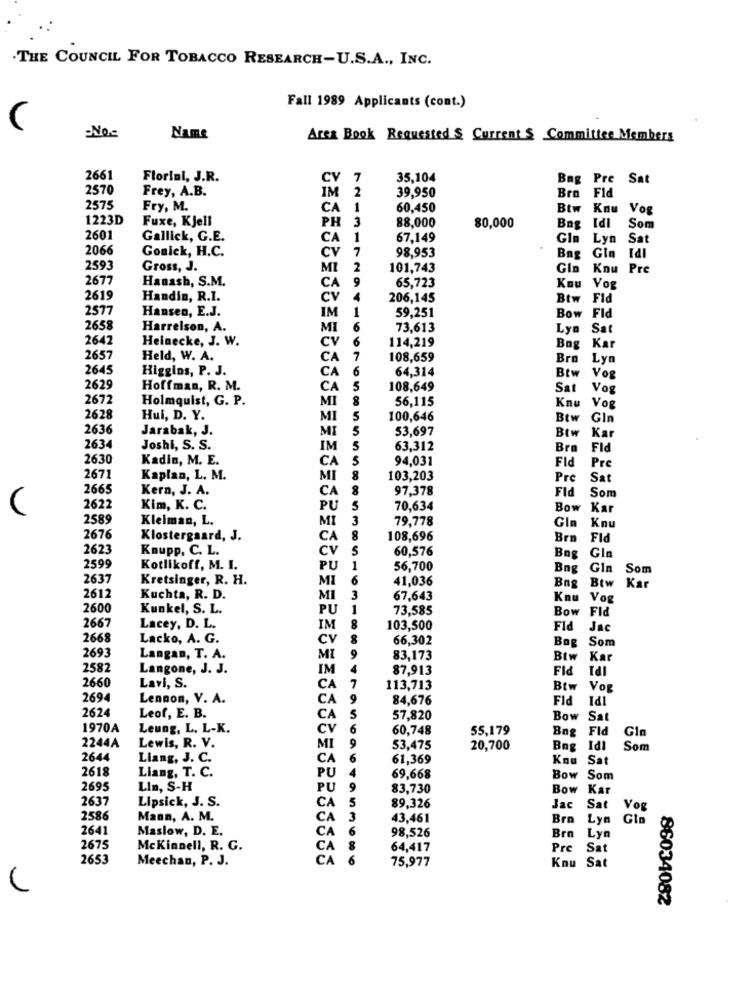
.THE COUNCIL FOR TOBACCO RESEARCH-U.S.A ., INC.
Fall 1989 Applicants (cont.)
Name
Area Book Requested & Current S Committee Members
2661
Florini, J.R.
CV
7
35,104
Bng Pre Sat
2570
Frey, A.B.
39,950
Bra Fid
IM 2
2575
Fry, M.
CA
60,450
Btw Knu Vog
1223D
Fuxe, Kjell
PH 3
88,000
80,000
Bag Idl
Som
2601
Gallick, G.E.
CA 1
67,149
GI
Lyn
Sat
2066
Gonick, H.C.
CV
7
98,953
Bag Gin Idl
2593
Gross, J.
MI
101,743
Gla
Kou Pre
2677
Hanash, S.M.
NO
65,723
CA
Kou
Vo
2619
Handin, R.I.
Cv
206,145
Btw Fid
2577
Hansen, E.J.
IM
59,251
Bow
Fid
2658
Harrelson, A.
MI
73,613
Lya
Sat
2642
Heinecke, J. W.
CV
114,219
Bog
Kar
2657
Held, W. A.
CA
108,659
Bra
Lyn
2645
Higgins, P. J.
64,314
Btw
CA
Vog
2629
Hoffman, R. M.
CA
108,649
Sat
Vog
2672
Holmquist, G. P.
MI
56,115
Knu Vog
2628
Hul, D. Y.
MI
100,646
Btw
Gln
2636
Jarabak, J.
MI
53,697
Btw
Kar
2634
Joshi, S. S.
IM
63,312
Bra
Fid
2630
Kadin, M. E.
CA
94,031
Fid
Pr
2671
Kaplan, L. M.
MI
103,203
Pre
Sa
2665
Kern, J. A.
CA
97,378
Fld
Som
2622
Kim, K. C.
PU
70,634
Bow Kar
2589
Kleiman, L.
MI
3
79,778
Gln Knu
2676
Klostergaard, J.
CA
8
108,696
Bra Fid
2623
Knupp, C. L.
CV
S
60,576
Gla
2599
Bog
Kotlikoff, M. I.
PU
-
56,700
Bng
Gin
Som
2637
Kretsinger, R. H.
MI
41,036
Bng
Btw Kar
2612
Kuchta, R. D.
MI
67,643
Knu
Vog
2600
Kunkel, S. L.
PU
73,585
Bow
Fid
2667
Lacey, D. L.
IM
103,500
Fld
Jac
2668
Lacko, A. G.
CV
66,302
Bog
Som
2693
Langan, T. A.
MI
83,173
Btw
Ka
2582
Langone, J. J.
IM
87,913
Fid
Tdl
2660
Lavi, S.
CA
113,713
Btw
Vog
IPI
2694
Lennon, V. A.
CA
84,676
Fld
2624
Leof, E. B.
CA
57,820
Bow Sat
1970A
Leung, L. L-K.
CV
60,748
55,179
Bng Fld
IPI
Gin
2244A
Lewis, R. V.
MI
9
53,475
20,700
Bog
Som
2644
Liang, J. C.
CA
61,369
Kou
Sat
2618
Liang, T. C.
PU
69,668
Bow
Som
2695
Lin, S-H
PU
9
83,730
Bow Kar
2637
Lipsick, J. S.
5
89,326
CA
Jac
Sat
Vog
2586
Mann, A. M.
CA
3
43,461
Bro
Lyn
2641
Maslow, D. E.
CA
6
98,526
Bra
Lyn
2675
McKinnell, R. G.
CA
64,417
Pre
Sat
2653
Meechan, P. J.
CA
75,977
Kou Sat
86034082